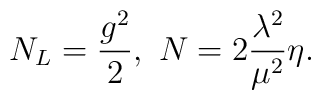
N_L=\frac{g^{2}}{2},  ~N=2\frac{{\lambda}^2}{{\mu}^2}\eta.